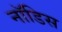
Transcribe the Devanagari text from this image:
नॉडिस